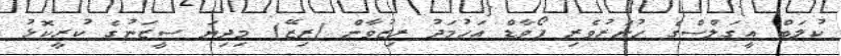
ކުލަބް އީގަލްސްގެ ހުނަރުވެރި ފޯވާޑް އަހުމަދު ރިޒުވާން (ރިޒޭ) މިދިޔަ ސީޒަނުގެ ކުރީކޮޅު